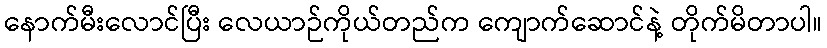
နောက်မီးလောင်ပြီး လေယာဉ်ကိုယ်တည်က ကျောက်ဆောင်နဲ့ တိုက်မိတာပါ။